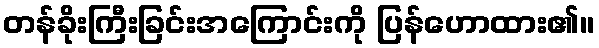
တန်ခိုးကြီးခြင်းအကြောင်းကို ပြန်ဟောထား၏။